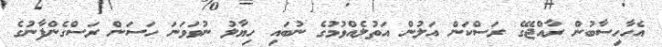
އެހާހިސާބުން ރާއްޖޭގެ ރަސްކަން އަލުން އަތުލެއްވުމުގެ ނުބައި ހިޔާލު ނުވަވަނަ ހަސަން ރަސްގެންފާނުގެ